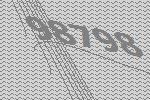
98798